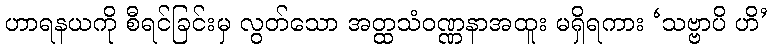
ဟာရနယကို စီရင်ခြင်းမှ လွတ်သော အတ္ထသံဝဏ္ဏနာအထူး မရှိရကား ‘သဗ္ဗာပိ ဟိ’